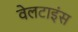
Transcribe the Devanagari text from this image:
वेलटाइंस